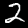
Digit: 2